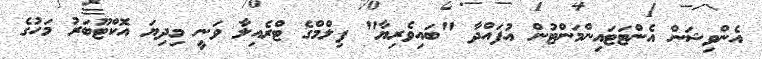
އެންވިޝަން އެންޓަޓައިންމަންޓުން އުފައްދާ "ބައިވެރިޔާ" ފިލްމްގެ ޓްރެއިލާ ވަނީ މިދިޔަ އޮކްޓޫބަރު މަހުގެ